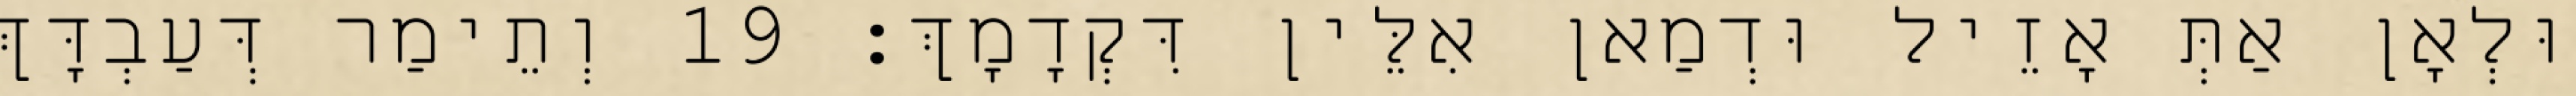
וּלְאָן אַתְּ אָזֵיל וּדְמַאן אִלֵּין דִּקְדָמָךְ׃ 19 וְתֵימַר דְּעַבְדָּךְ